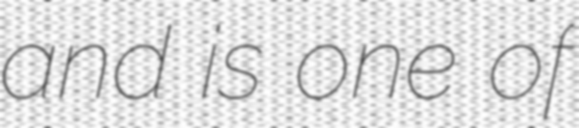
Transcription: and is one of